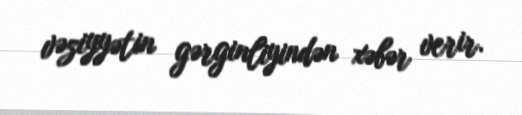
vəziyyətin gərginliyindən xəbər verir.